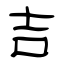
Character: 吉